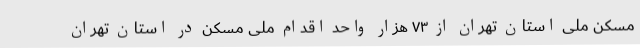
مسکن ملی استان تهران از ۷۳ هزار واحد اقدام ملی مسکن در استان تهران